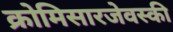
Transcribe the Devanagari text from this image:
क्रोमिसारजेवस्की